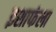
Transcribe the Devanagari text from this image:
इशाफंला